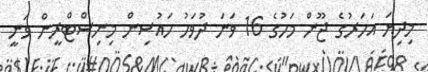
މިދިޔަ އަހަރުގެ ޖޫން މަހުގެ 16 ވަނަ ދުވަހު ހައުސިން މިނިސްޓްރީން ވަނީ